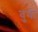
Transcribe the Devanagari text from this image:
वुयी